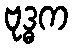
ဗုဒ္ဓက